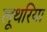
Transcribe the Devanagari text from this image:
लूथरिया